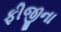
ફીજીના